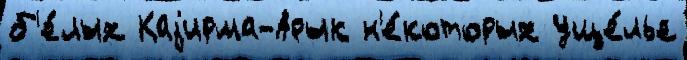
б'е́лых Каjирма-Арык н'е́которых уще́лье